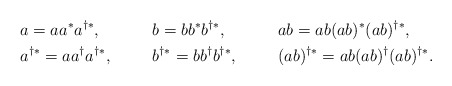
\begin{align*}&a=aa^*a^{\dag*},& &b=bb^*b^{\dag*},& &ab= ab(ab)^*(ab)^{\dag*},&\\&a^{\dag*}=aa^{\dag}a^{\dag*},&&b^{\dag*}=bb^{\dag}b^{\dag*},&&(ab)^{\dag*}=ab(ab)^{\dag}(ab)^{\dag*}.&\\\end{align*}